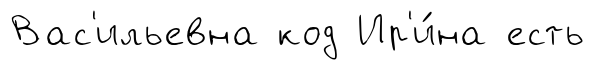
Вас'ильевна код Ир'и́на есть